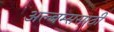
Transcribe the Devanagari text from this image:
अल्बम्ससाठी